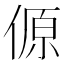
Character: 傆